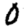
Digit: 0